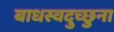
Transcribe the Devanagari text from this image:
बाधस्वदुच्छुना